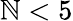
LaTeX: \mathbb{N}<5